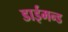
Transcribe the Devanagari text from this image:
डाईमन्ड